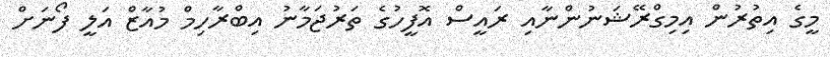
މީގެ އިތުރުން އިިމިގްރޭޝަނުންނާއި ރައީސް އޮފީހުގެ ތަރުޖަމާނު އިބްރާހިމް މުއާޒް އަލީ ފޯނަށް